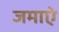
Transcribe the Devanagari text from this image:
जमाऐ